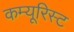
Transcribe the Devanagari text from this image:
कम्यूरिस्ट